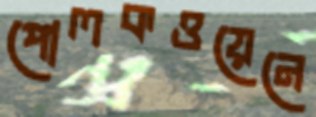
পোলকওয়েনে